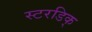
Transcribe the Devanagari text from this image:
स्टरडिक्